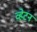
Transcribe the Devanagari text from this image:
व्हेटन